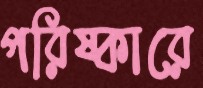
পরিষ্কারে